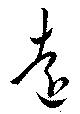
遠